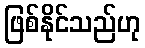
ဖြစ်နိုင်သည်ဟု